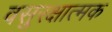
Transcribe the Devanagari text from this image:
वसुरक्षात्मक